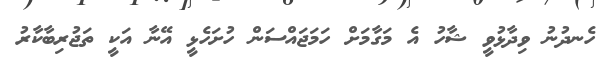
ހެނދުނު ވިދާޅުވީ ޝާހު އެ މަގާމަށް ހަމަޖައްސަން ހުށަހެޅީ އޭނާ އަކީ ތަޖުރިބާކާރު